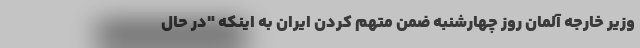
وزیر خارجه آلمان روز چهارشنبه ضمن متهم کردن ایران به اینکه "در حال